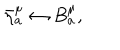
\bar { \eta } _ { a } ^ { \mu } \leftrightarrow B _ { a } ^ { \mu } ,